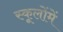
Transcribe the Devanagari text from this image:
स्कूलोंमें